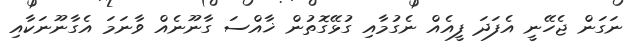
ނަގަން ޖެހޭނީ އެފަދަ ފީއެއް ނެގުމާއި ގުޅޭގޮތުން ޚާއްސަ ގާނޫނެއް ވާނަމަ އެގާނޫނަކާއި